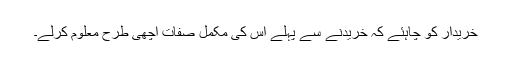
خریدار کو چاہئے کہ خریدنے سے پہلے اُس کی مکمل صفات اچھی طرح معلوم کرلے۔